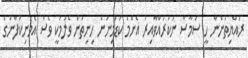
ރައްޔިތުންނާ ހީ ސަމާސާ ނުކުރައްވާއިރު އެންމެ ކުޑަމިނުން ހިނިތުން ވެލުމަކީ ވެސް އެމަނިކުފާނުގެ